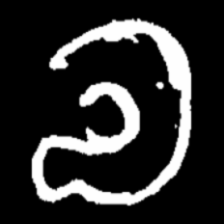
Pyu character \u2014 Myanmar letter: လ (romanized: la)